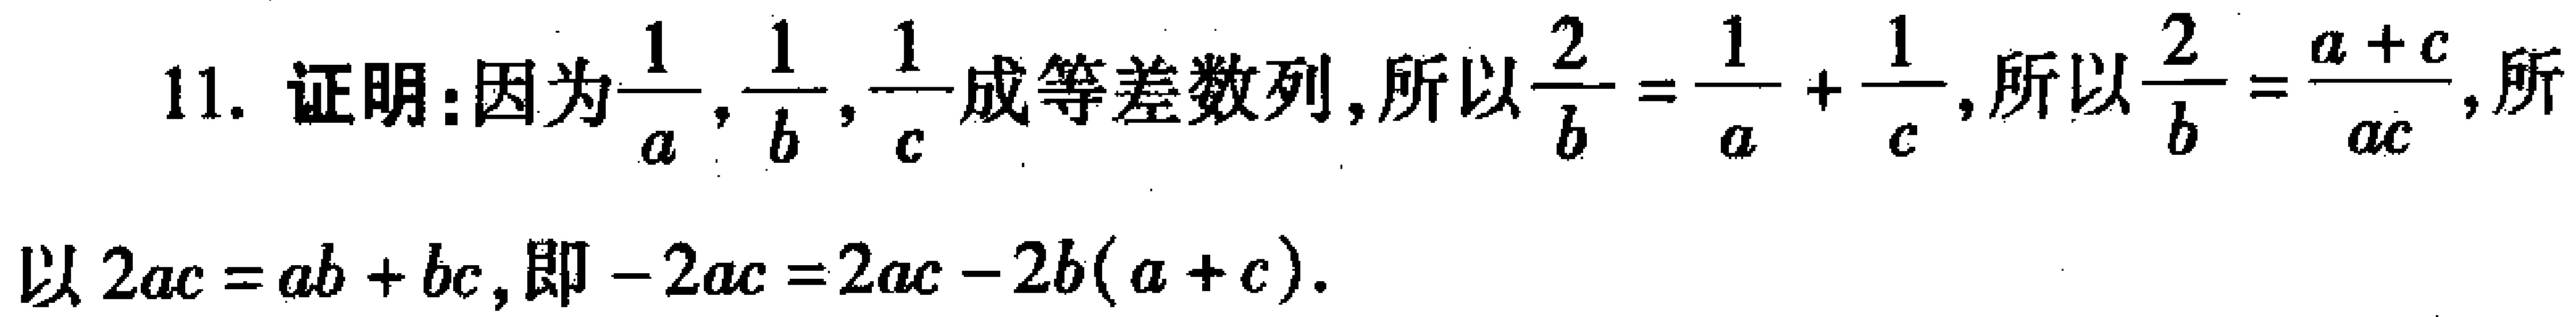
11. 证明：因为$\frac{1}{a},\frac{1}{b},\frac{1}{c}$成等差数列，所以$\frac{2}{b}=\frac{1}{a}+\frac{1}{c}$，所以$\frac{2}{b}=\frac{a + c}{ac}$，所以$2ac = ab + bc$，即$-2ac = 2ac - 2b(a + c)$。